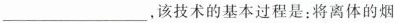
___，该技术的基本过程是：将离体的烟